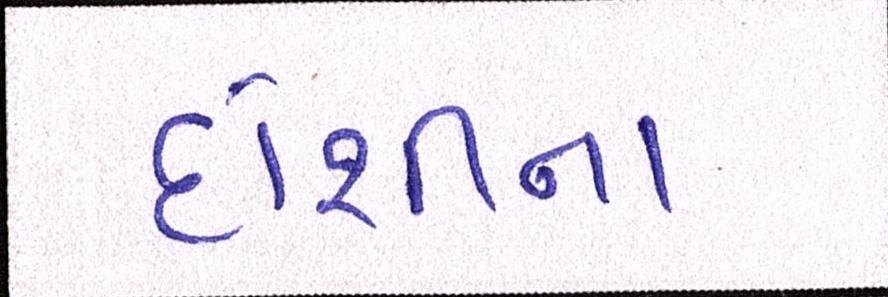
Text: દોશીના